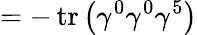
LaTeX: =-\operatorname{tr}\left(\gamma^{0}\gamma^{0}\gamma^{5}\right)